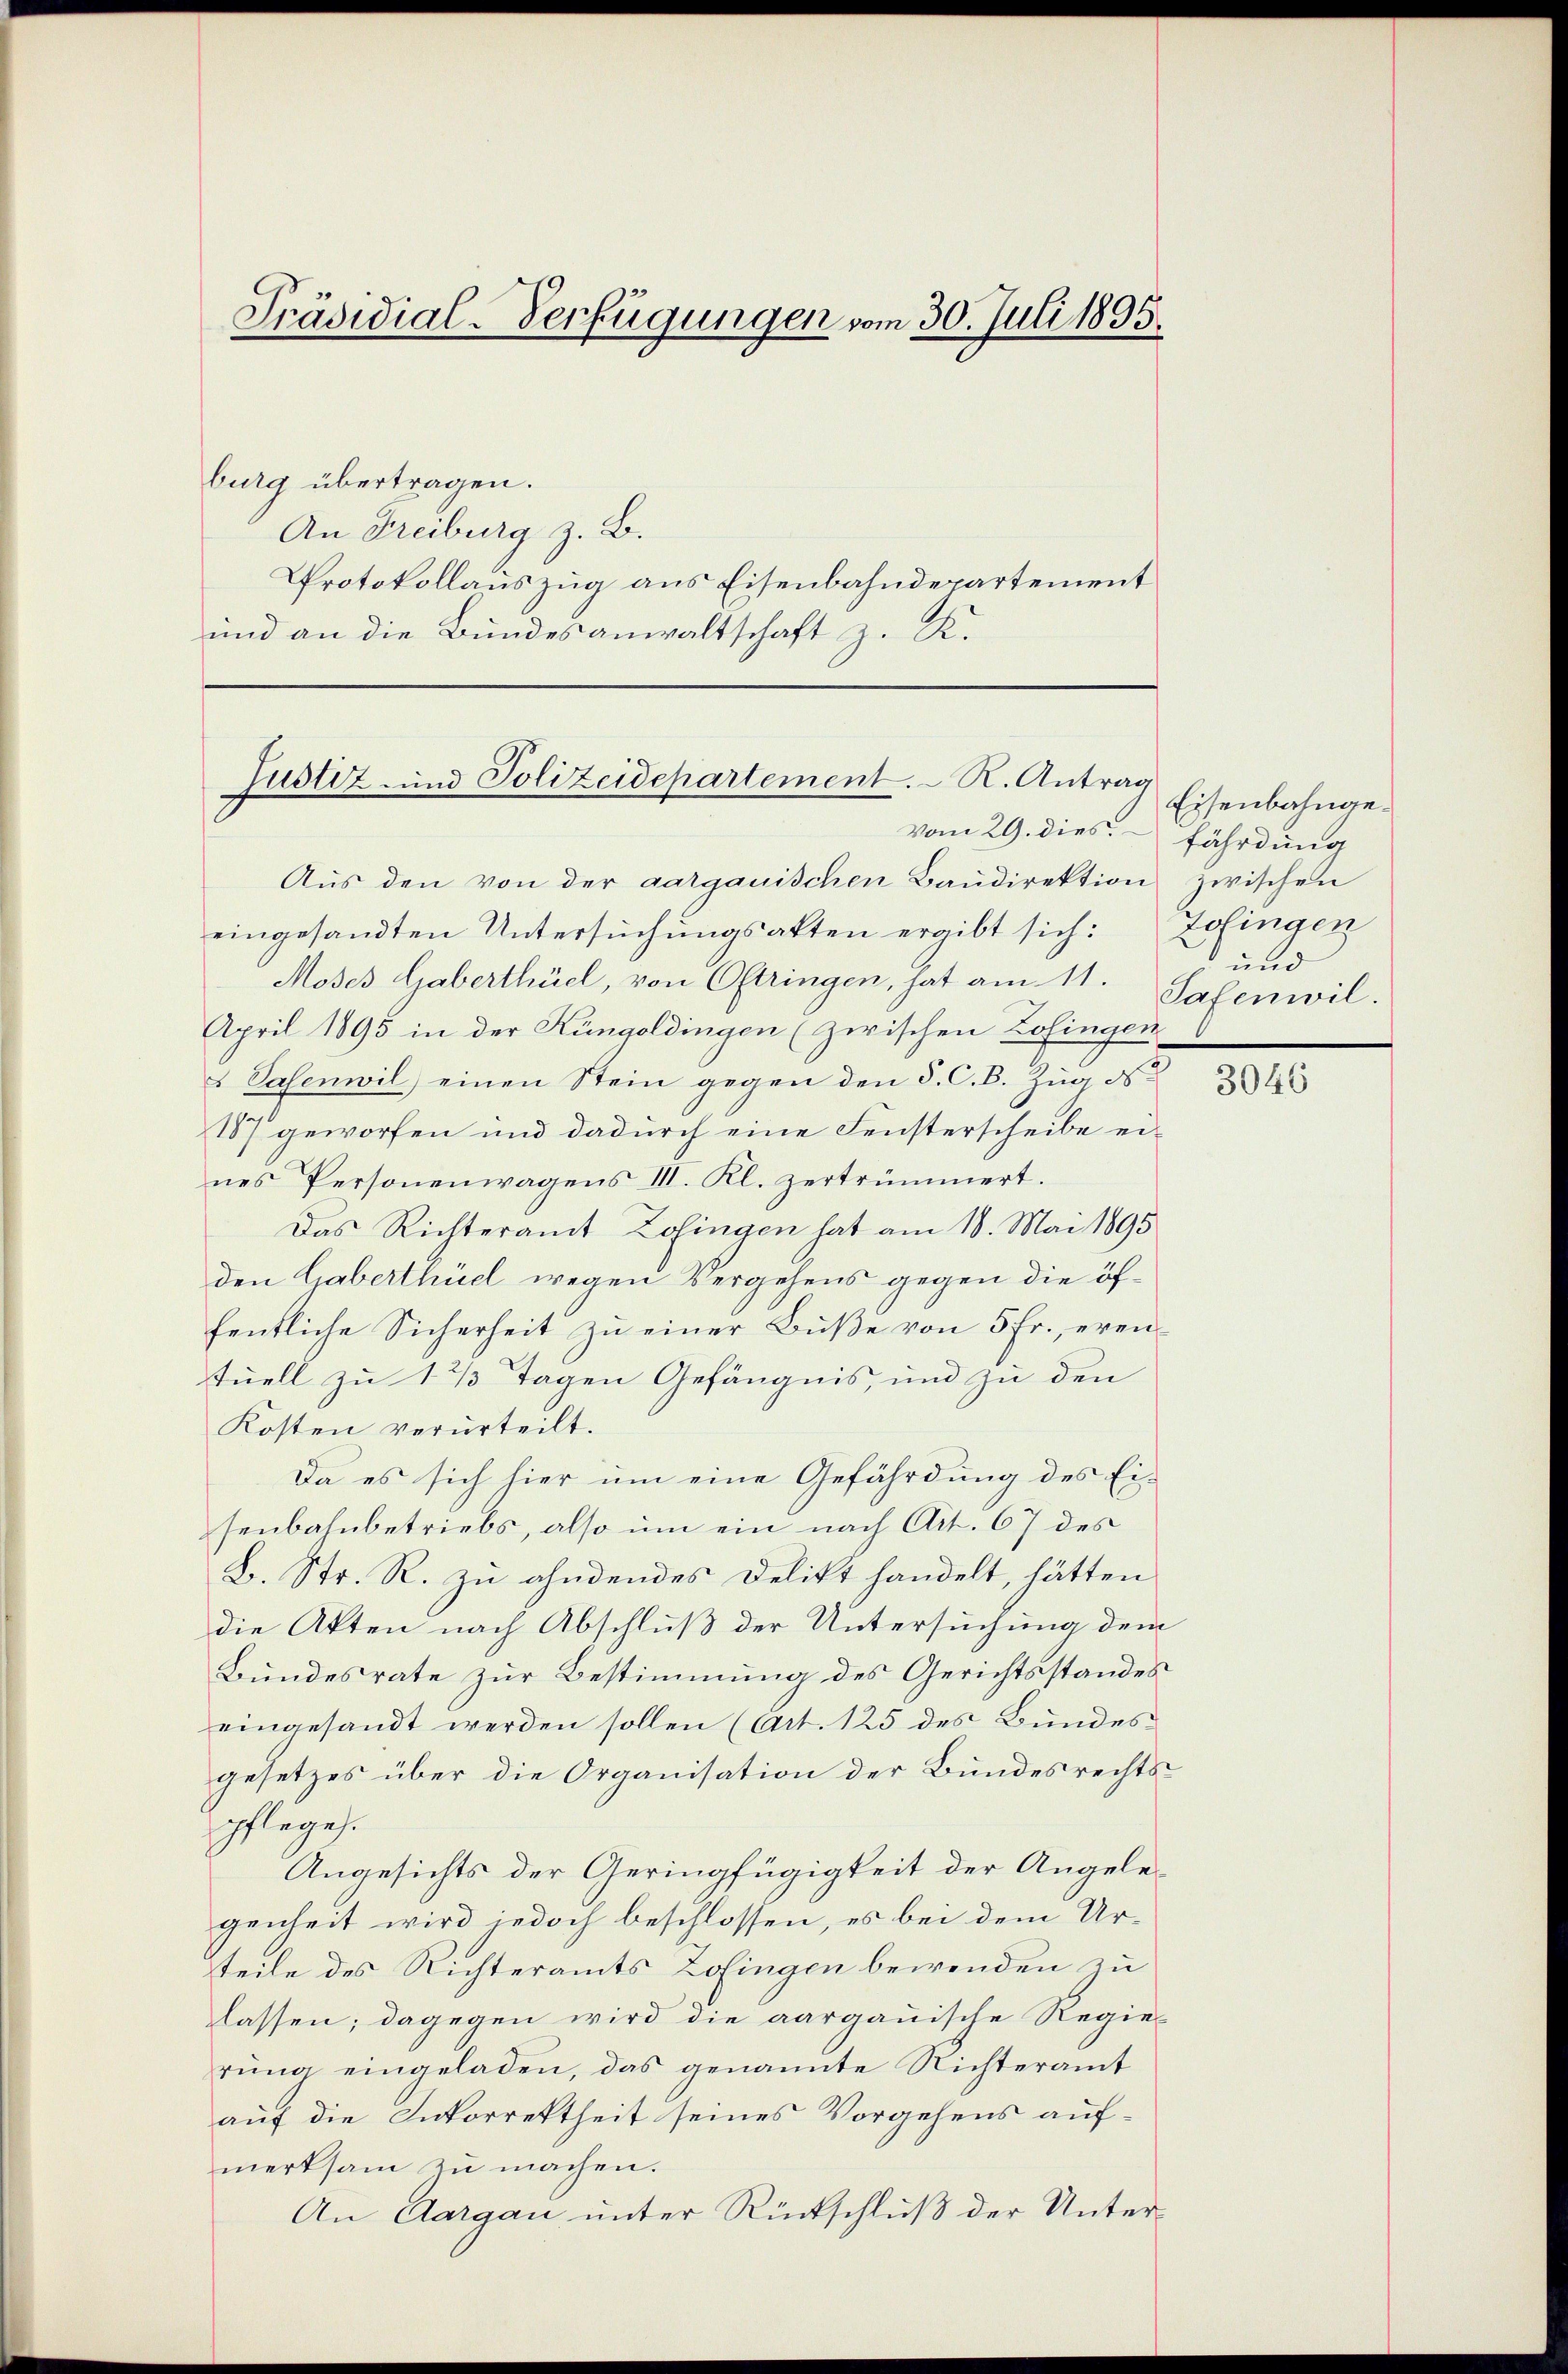
Präsidial-Verfügungen vom 30. Juli 1895.

burg übertragen.
An Freiburg z. B.
Protokollauszug aus Eisenbahndepartement
und an die Bundesanwaltschaft z. K.

Justiz- und Polizeidepartement. R. Antrag
vom 29. dies

Aŭs den von der aargauischen Baŭdirektion zwischen
eingesandten Untersuchungsakten ergibt sich:
Moses Gaberthüel, von Oftringen, hat am 11.
April 1895 in der Küngoldingen (zwischen Zofingen
 Vasenwil) einen Stein gegen den §. C. B. Zug ds
187 geworfen und dadurch eine Fensterscheibe eines Personenwagens III. Kl. zertrümmert.
Das Richteramt Zofingen hat am 18. Mai 1895
den Gaberthüel wegen Vergehens gegen die öffentliche Sicherheit zu einer Buße von 5 Fr., eventuell zu 1 1/3 Tagen Gefängnis, und zu den
Kosten verurteilt.
Da es sich hier um eine Gefährdung des Eisenbahnbetriebs, also um ein nach Art. 67 des
B. Str. R. zu ahndendes Delikt handelt, hätten
die Akten nach Abschluß der Untersuchung dem
Bundesrate zur Bestimmung des Gerichtsstandes
eingesandt werden sollen (Art. 125 des Bundes-
gesetzes über die Organisation der Bundesrechts-
pflege.
Angesichts der Geringfügigkeit der Angelegenheit wird jedoch beschlossen, es bei dem Urteile des Richteramts Zofingen bewenden zu
lassen; dagegen wird die aargauische Regie-
rŭng eingeladen, das genannte Nichteramt
auf die Inkorrektheit seines Vorgehens aufmerksam zu machen.
An Aargau unter Rückschluß der Unter¬

Eisenbahngefährdung
Zofingen
und
Safenwil.

3046